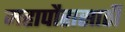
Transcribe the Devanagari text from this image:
महापौरासाठी